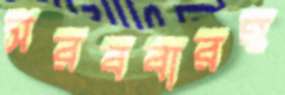
সরববারহ